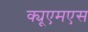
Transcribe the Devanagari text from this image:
क्यूएमएस